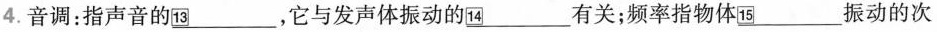
4.音调：指声音的\underline{13}，它与发声体振动的\underline{14}有关；频率指物体\underline{15}振动的次